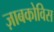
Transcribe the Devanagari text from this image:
ज़ाबकोविस